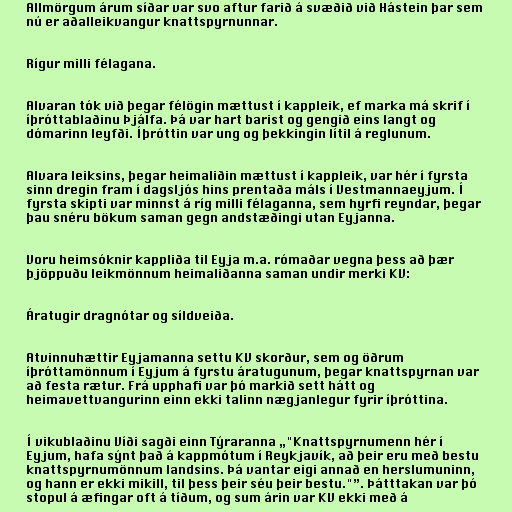
Allmörgum árum síðar var svo aftur farið á svæðið við Hástein þar sem
nú er aðalleikvangur knattspyrnunnar.

Rígur milli félagana.

Alvaran tók við þegar félögin mættust í kappleik, ef marka má skrif í
íþróttablaðinu Þjálfa. Þá var hart barist og gengið eins langt og
dómarinn leyfði. Íþróttin var ung og þekkingin lítil á reglunum.

Alvara leiksins, þegar heimaliðin mættust í kappleik, var hér í fyrsta
sinn dregin fram í dagsljós hins prentaða máls í Vestmannaeyjum. Í
fyrsta skipti var minnst á ríg milli félaganna, sem hyrfi reyndar, þegar
þau snéru bökum saman gegn andstæðingi utan Eyjanna.

Voru heimsóknir kappliða til Eyja m.a. rómaðar vegna þess að þær
þjöppuðu leikmönnum heimaliðanna saman undir merki KV:

Áratugir dragnótar og síldveiða.

Atvinnuhættir Eyjamanna settu KV skorður, sem og öðrum
íþróttamönnum í Eyjum á fyrstu áratugunum, þegar knattspyrnan var
að festa rætur. Frá upphafi var þó markið sett hátt og
heimavettvangurinn einn ekki talinn nægjanlegur fyrir íþróttina.

Í vikublaðinu Víði sagði einn Týraranna „"Knattspyrnumenn hér í
Eyjum, hafa sýnt það á kappmótum í Reykjavík, að þeir eru með bestu
knattspyrnumönnum landsins. Þá vantar eigi annað en herslumuninn,
og hann er ekki mikill, til þess þeir séu þeir bestu."”. Þátttakan var þó
stopul á æfingar oft á tíðum, og sum árin var KV ekki með á